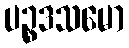
ပဉ္စဒသမော